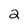
Character: 2